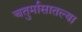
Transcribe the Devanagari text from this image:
चतुर्मासातल्या